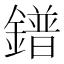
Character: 鐠